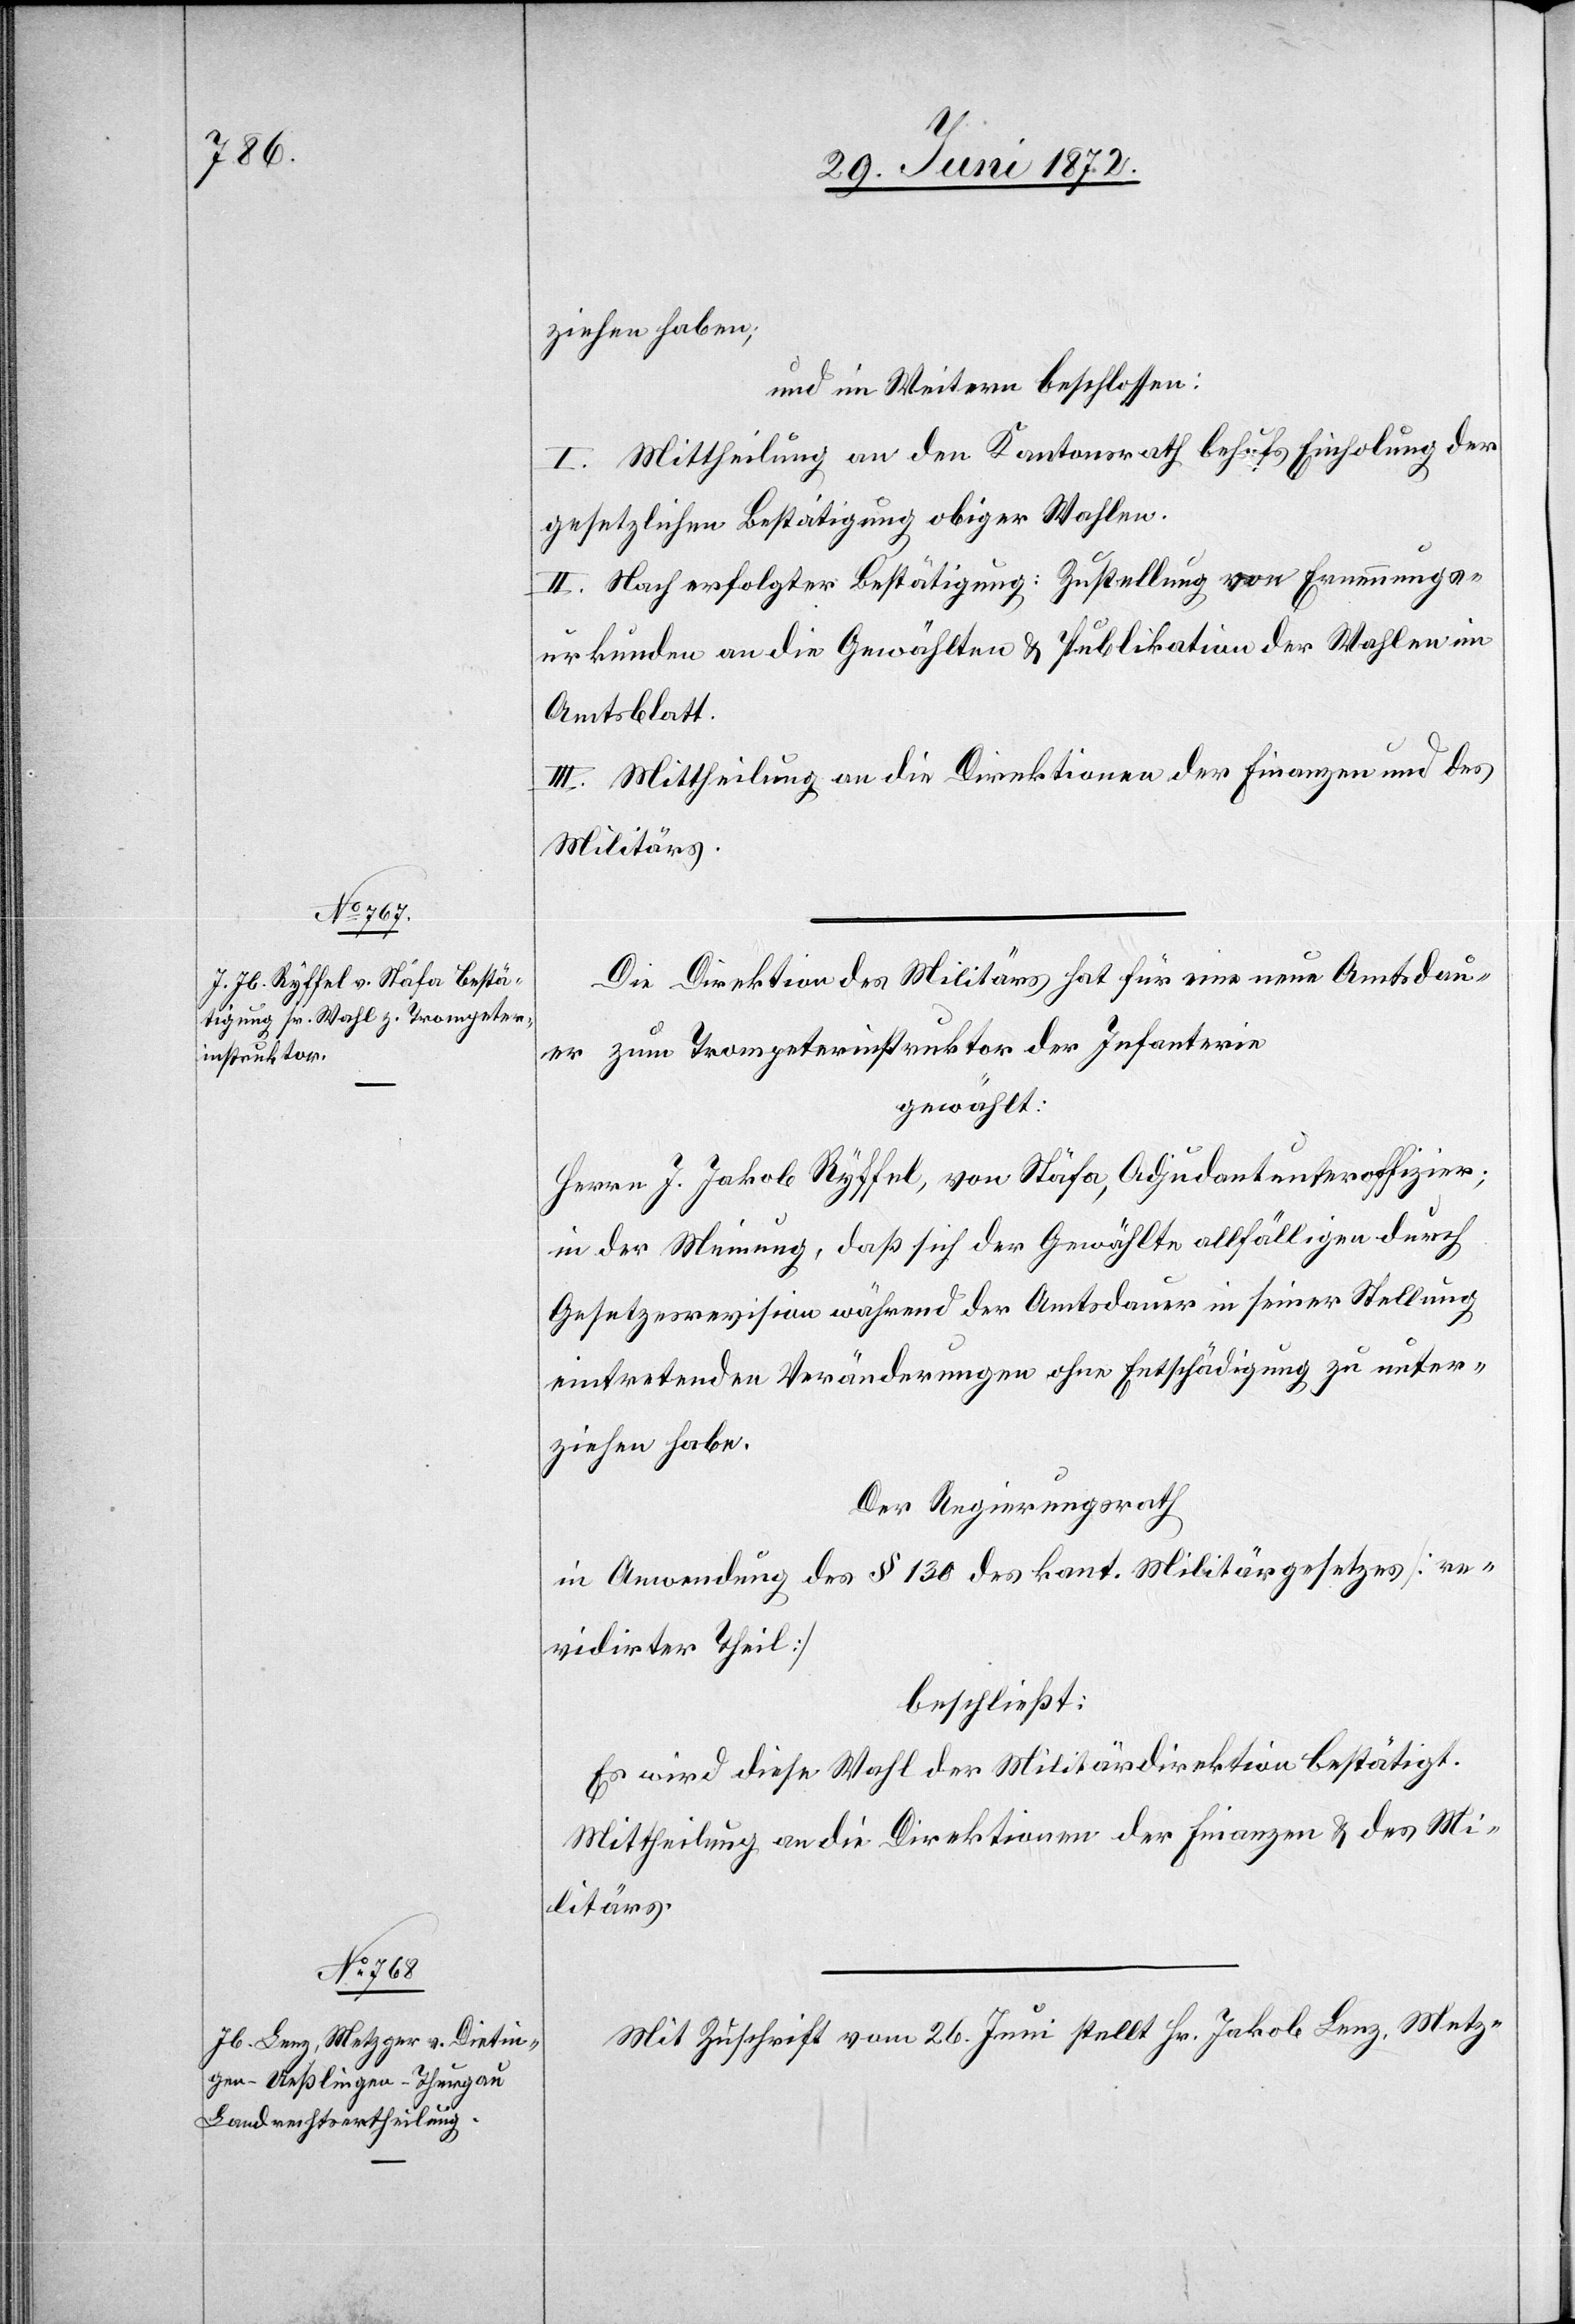
ziehen haben;
und im Weitern beschlossen:
I. Mittheilung an den Kantonsrath behufs Einholung der
gesetzlichen Bestätigung obiger Wahlen.
II. Nach erfolgter Bestätigung: Zustellung von Ernennungs¬
urkunden an die Gewählten u. Publikation der Wahlen im
Amtsblatt.
III. Mittheilung an die Direktionen der Finanzen und des
Militärs.
Die Direktion des Militärs hat für eine neue Amtsdau¬
er zum Trompeterinstruktor der Infanterie
gewählt:
Herrn J. Jakob Ryffel, von Stäfa, Adjudantunteroffizier;
in der Meinung, daß sich der Gewählte allfälligen durch
Gesetzesrevision während der Amtsdauer in seiner Stellung
eintretenden Veränderungen ohne Entschädigung zu unter¬
ziehen habe.
Der Regierungsrath
in Anwendung des § 130 des kant. Militärgesetzes [re¬
vidirter Theil]
beschließt:
Es wird diese Wahl der Militärdirektion bestätigt.
Mittheilung an die Direktionen der Finanzen u. des Mi¬
litärs.
Mit Zuschrift vom 26. Juni stellt Hr. Jakob Lenz, Metz-